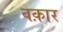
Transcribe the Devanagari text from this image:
वक़ार